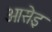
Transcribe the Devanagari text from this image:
ओसेइ